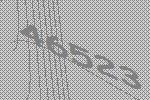
46523